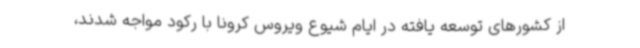
از کشورهای توسعه یافته در ایام شیوع ویروس کرونا با رکود مواجه شدند،